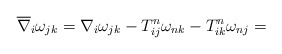
\begin{align*}\overline{\nabla }_i \omega_{jk}=\nabla _i \omega_{jk}-T_{ij}^n\omega_{nk}-T_{ik}^n \omega_{nj}=\end{align*}